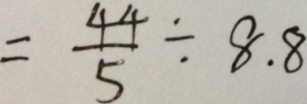
= \frac { 4 4 } { 5 } \div 8 . 8